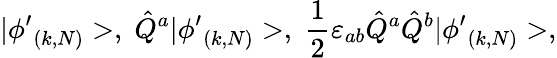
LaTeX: |{\phi^{\prime}}_{(k,N)}>,\; \hat{Q}^{a}|{\phi^{\prime}}_{(k,N)}>,\; \frac{1}{2}\varepsilon_{ab}\hat{Q}^{a}\hat{Q}^{b}|{\phi^{\prime}}_{(k,N)}>,